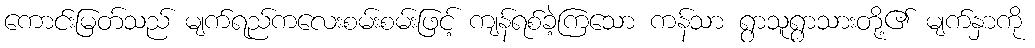
ကောင်းမြတ်သည် မျက်ရည်ကလေးစမ်းစမ်းဖြင့် ကျန်ရစ်ခဲ့ကြသော ကန်သာ ရွာသူရွာသားတို့၏ မျက်နှာကို